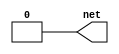
module driver1(output wire net);
    reg value;
    always begin
        // Simulate some logic to drive the net
        value = 1; // Driver 1 drives a high value
        #10 value = 0; // Then drives a low value after some time
        #10;
    end
    assign net = value; // Continuous assignment to shared_net
endmodule